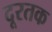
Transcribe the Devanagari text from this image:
दूरतक